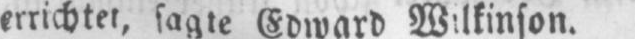
errichtet, sagte Edward Wilkinson.